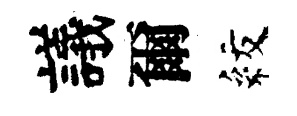
議爾紋